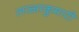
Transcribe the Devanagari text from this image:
लज्जाकुमारी